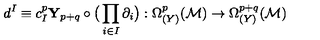
d ^ { I } \equiv c _ { I } ^ { p } { \mathbf Y } _ { p + q } \circ \big ( \prod _ { i \in I } \partial _ { i } \big ) : \Omega _ { ( Y ) } ^ { p } ( { \cal M } ) \rightarrow \Omega _ { ( Y ) } ^ { p + q } ( { \cal M } )